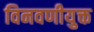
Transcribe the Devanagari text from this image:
विनवणीयुक्त